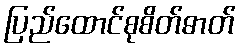
ပြည်ထောင်စုစိတ်ဓာတ်